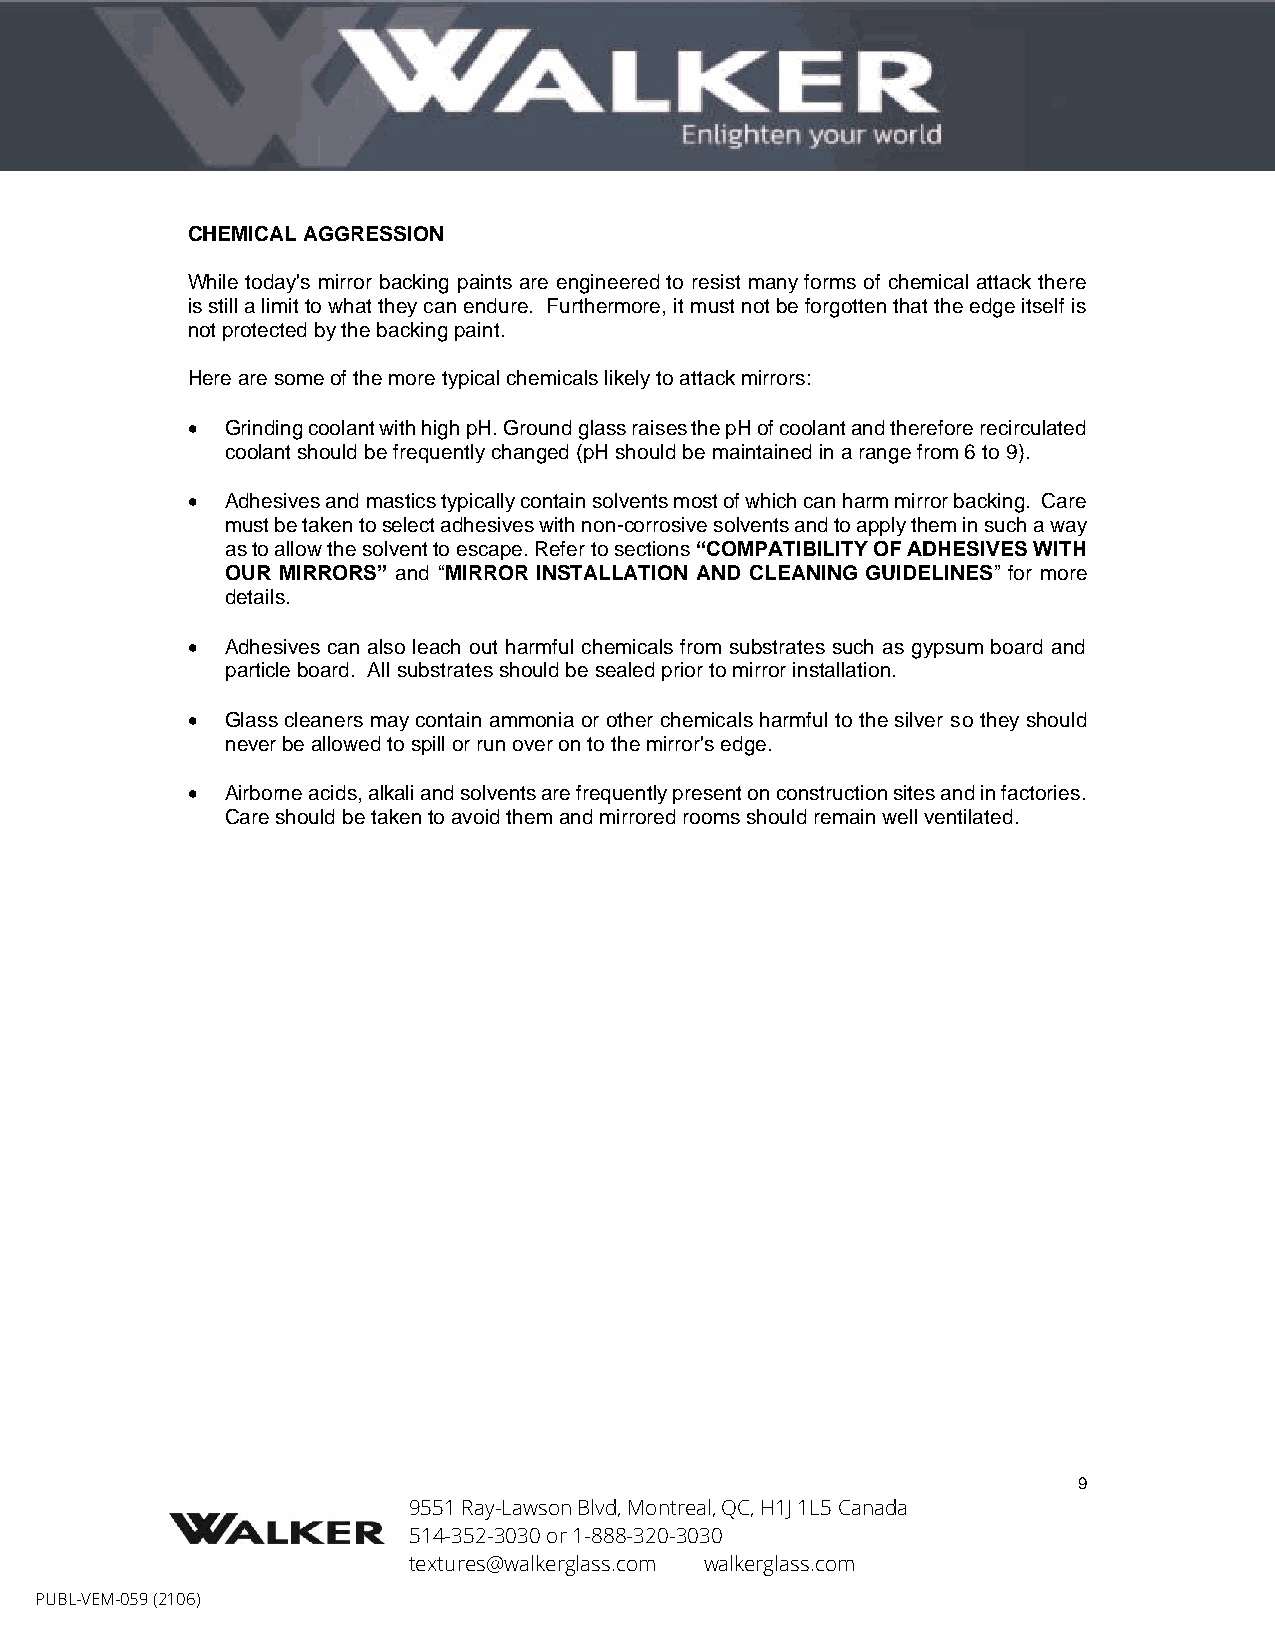
CHEMICAL AGGRESSION
 While today's mirror backing paints are engineered to resist many forms of chemical attack there
 is still a limit to what they can endure. Furthermore, it must not be forgotten that the edge itself is
 not protected by the backing paint.
 Here are some of the more typical chemicals likely to attack mirrors:
 •  Grinding coolant with high pH. Ground glass raises the pH of coolant and therefore recirculated
 coolant should be frequently changed (pH should be maintained in a range from 6 to 9).
 •  Adhesives and mastics typically contain solvents most of which can harm mirror backing. Care
 must be taken to select adhesives with non-corrosive solvents and to apply them in such a way
 as to allow the solvent to escape. Refer to sections “COMPATIBILITY OF ADHESIVES WITH
 OUR MIRRORS” and “MIRROR INSTALLATION AND CLEANING GUIDELINES” for more
 details.
 •  Adhesives can also leach out harmful chemicals from substrates such as gypsum board and
 particle board. All substrates should be sealed prior to mirror installation.
 •  Glass cleaners may contain ammonia or other chemicals harmful to the silver so they should
 never be allowed to spill or run over on to the mirror's edge.
 •  Airborne acids, alkali and solvents are frequently present on construction sites and in factories.
 Care should be taken to avoid them and mirrored rooms should remain well ventilated.
 9
 9551 Ray-Lawson Blvd, Montreal, QC, H1J 1L5 Canada
 514-352-3030 or 1-888-320-3030
 textures@walkerglass.com walkerglass.com
 PUBL-VEM-059 (2106)